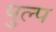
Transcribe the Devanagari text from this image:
पुल्प